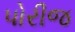
પોરીજ